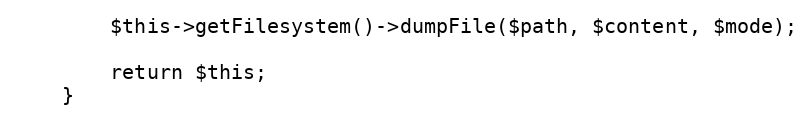
Language: PHP
        $this->getFilesystem()->dumpFile($path, $content, $mode);

        return $this;
    }